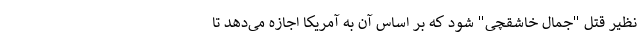
نظیر قتل "جمال خاشقچی" شود که بر اساس آن به آمریکا اجازه می‌دهد تا